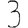
Digit: 3